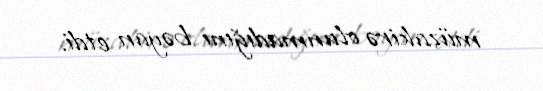
müzakirə olunmadığını bəyan etdi.